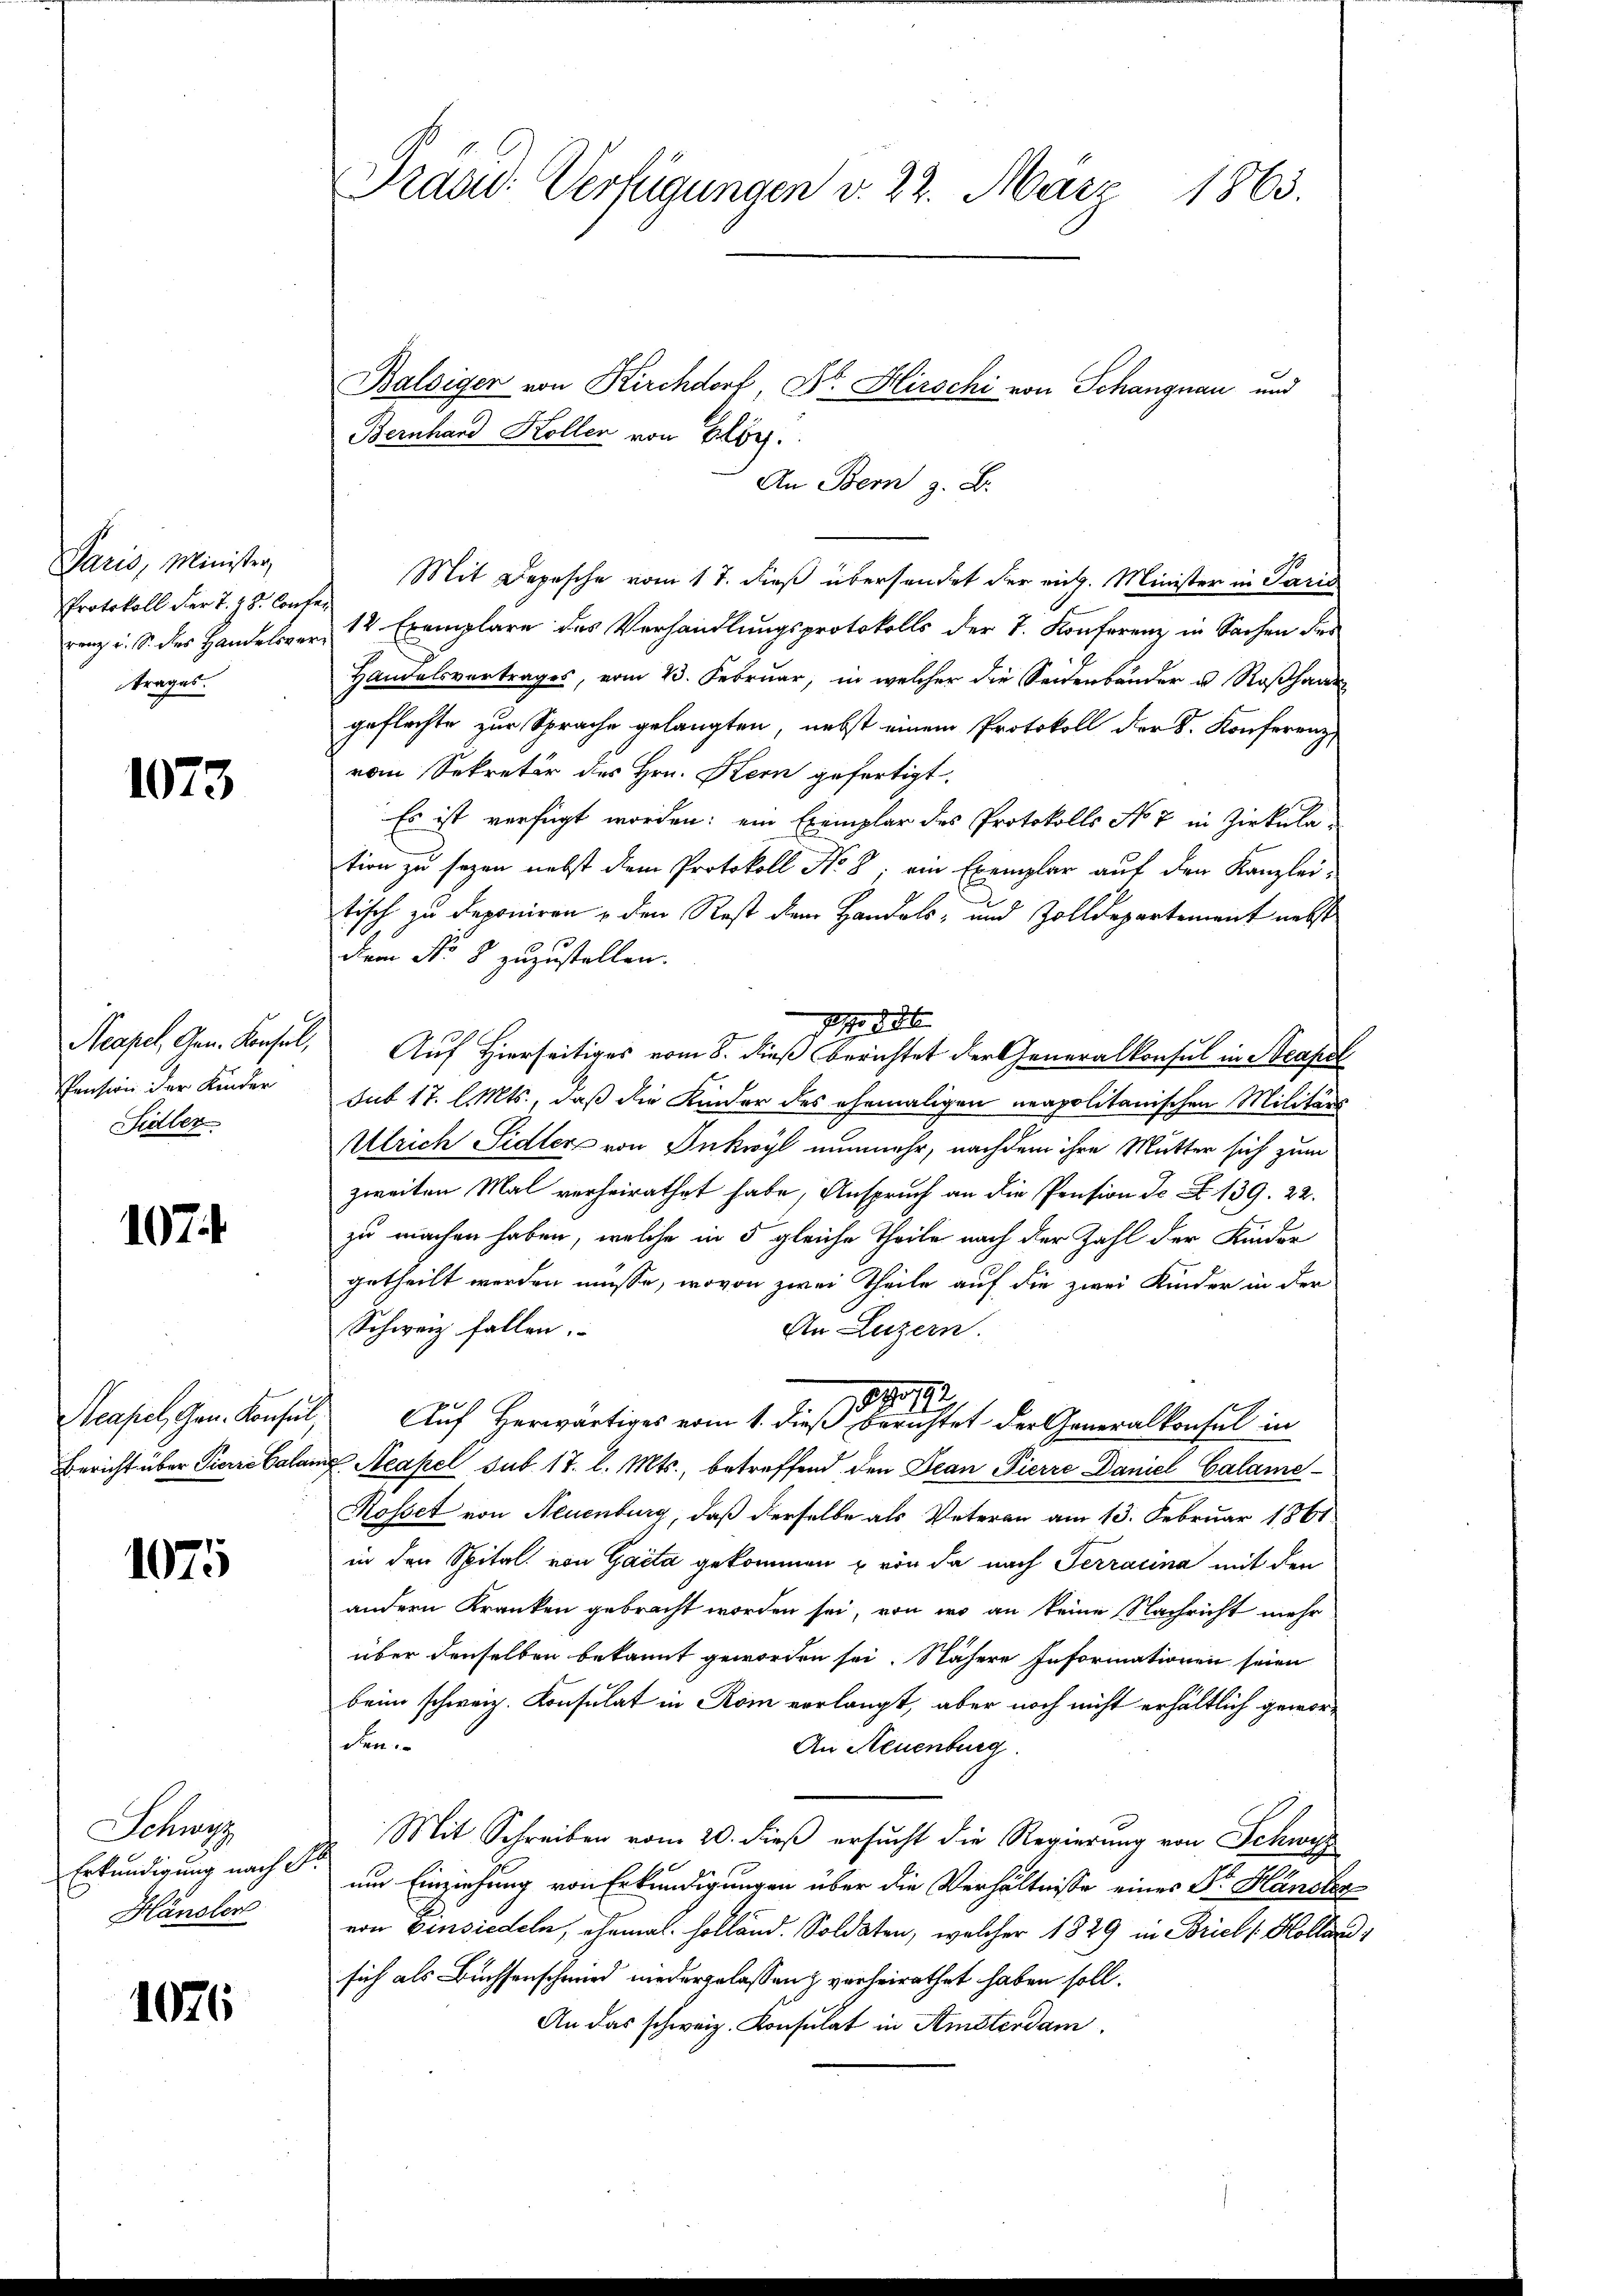
Paris, Minister,
Protokoll der T. z. S. Conte
renz u. S. des Handelsver
trages.

1073

Neapel Gen. Konsul,
Pension der Kinder
Sidler

1074.

Neapel, Gen. Konsul
Bericht über Pierre Calar

1075

Schwe
Erkundigung nach
Hänsler

1076

Prand: Verfügungen v. 22. März 1863.

Balsiger von Kirchdorf, Dr. Hirschi von Schangnau und
Bernhard Kollen von Alb.
An Bern z. B.
Mit Depesche vom 17. dieß übersendet der rich. Minister in Paris
12 Exemplare des Verhandlungsprotokolls der 2. Konferenz in Sachen des
Handelsvertrages, vom 23. Februar, in welcher die Seidenbänder u. Roßhaar
geflechte zur Sprache gelangten, nebst einem Protokoll der S. Konferenz,
vom Sekretär des Hrn. Kern gefertigt.
Es ist verfügt worden; ein Exemplar des Protokolls No 7 in Zirkula
tion zu seyen nebst dem Protokoll No 8; ein Exemplar auf den Kanzlei-
tisch zu deponiren & den Rest dem Handels- und Zolldepartement nebst
dem No 8 zuzustellen.
7. d. 26.
Auf Hierseitiges vom 8. dieß berichtet der Generalkonsul in Steapel
Sub 17. l. Mts., daß die Kinder des ehemaligen neapolitanischen Militärs
Alrich Sidler von Inkwyl nunmehr, nachdem ihre Mutter sich zum
zweiten Mal verheirathet habe, Anspruch an die Pension de Z. 139. 22.
zu machen haben, welche in 5 gleiche Theile nach der Zahl der Kinder
getheilt werden müsse, wovon zwei Theile auf die zwei Kinder in der
Schweiz fallen.
An Luzern.
1880
Auf Herwärtiges vom 1. dieß berichtet der Generalkonsul in
 Aeapel sub 17. l. Mts., betreffend den Jean Pierre Daniel Calame-
Rosset von Neuenburg, daß derselbe als Peteren am 13. Februar 1861
in den Spital. von Gaita gekommen & von da nach Terracina mit den
andern Kranken gebracht worden sei, von wo an keine Nachricht mehr
über denselben bekannt geworden sei. Nähere Informationen seien
beim schweiz. Konsulat in Rom verlangt, aber noch nicht erhältlich geworden
An Neuenburg.
Mit Schreiben vom 20. dieß ersucht die Regierung von Schwyz
um Einziehung von Erkundigungen über die Verhältnisse eines Dr. Händler
von Einsiedeln, ehemal Holland. Soldaten, welcher 1829 in Brief / Holland
sich als Buchsenschmied niedergelassen & verheirathet haben soll.
An das schweiz. Konsulat in Amsterdam